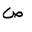
Letter: _sad